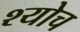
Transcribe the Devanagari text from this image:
श्योच